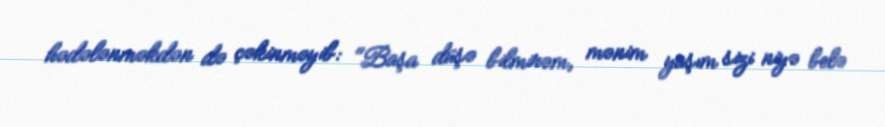
hədələnməkdən də çəkinməyib: "Başa düşə bilmirəm, mənim yaşım sizi niyə belə